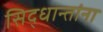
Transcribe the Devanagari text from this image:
सिद्धान्तांना